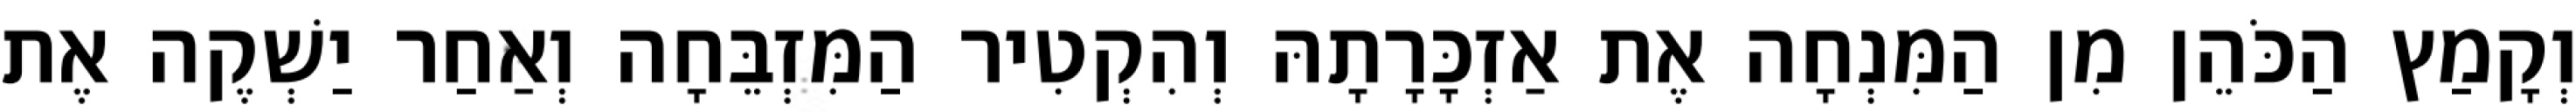
וְקָמַץ הַכֹּהֵן מִן הַמִּנְחָה אֶת אַזְכָּרָתָהּ וְהִקְטִיר הַמִּזְבֵּחָה וְאַחַר יַשְׁקֶה אֶת